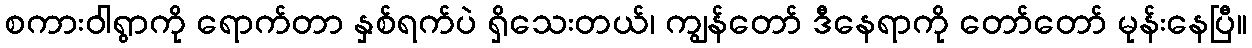
စကားဝါရွာကို ရောက်တာ နှစ်ရက်ပဲ ရှိသေးတယ်၊ ကျွန်တော် ဒီနေရာကို တော်တော် မုန်းနေပြီ။